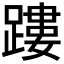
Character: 𨄜